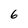
Character: 6